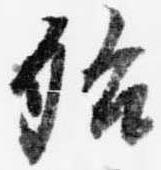
殆